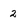
Character: 2